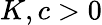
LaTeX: K,c>0